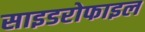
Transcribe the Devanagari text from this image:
साइडरोफाइल